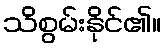
သိစွမ်းနိုင်၏။